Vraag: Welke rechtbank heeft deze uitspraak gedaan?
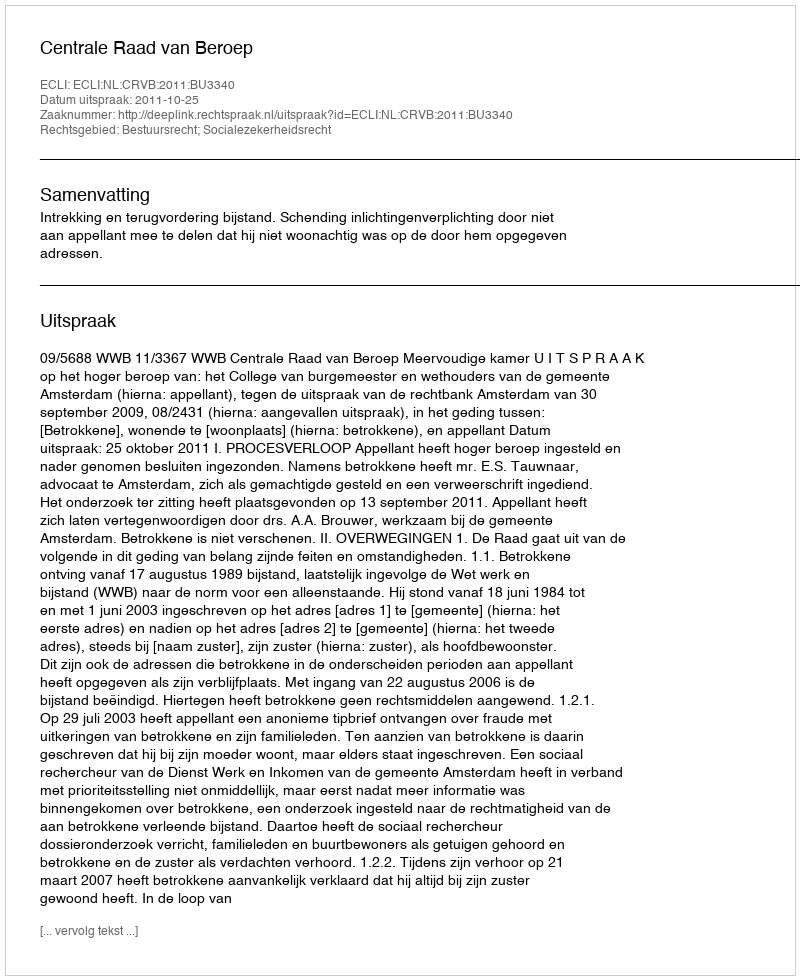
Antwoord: Centrale Raad van Beroep